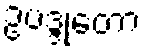
ဥပဒ္ဒုတော